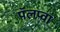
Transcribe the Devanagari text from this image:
पॅलप्वा